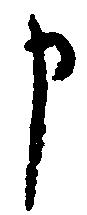
申